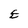
Character: E